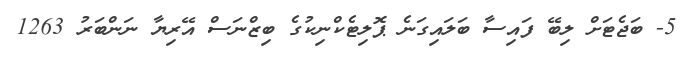
5- ބަޖެޓަށް ލިބޭ ފައިސާ ބަލައިގަނެ ޕޮލިޓެކްނިކުގެ ބިޒްނަސް އޭރިޔާ ނަންބަރު 1263